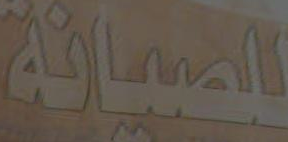
للصيانة